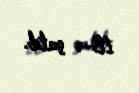
18-ə çatıb.